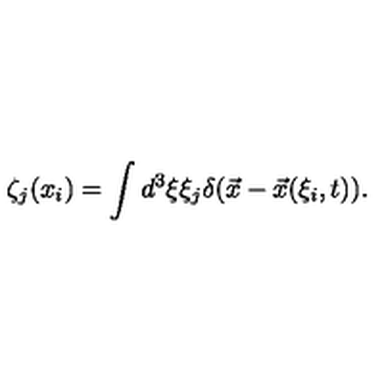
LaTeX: \zeta _ { j } ( x _ { i } ) = \int d ^ { 3 } \xi \xi _ { j } \delta ( \vec { x } - \vec { x } ( \xi _ { i } , t ) ) .